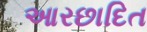
આરછાદિત